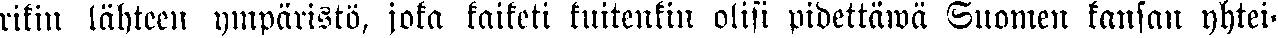
rikin lähteen ympäristö, joka kaiketi kuitenkin olisi pidettäwä Suomen kansan yhtei-